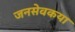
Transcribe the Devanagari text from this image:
जनसेवकया